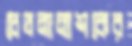
চেতনানাশকের